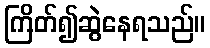
ကြိတ်၍ဆွဲနေရသည်။